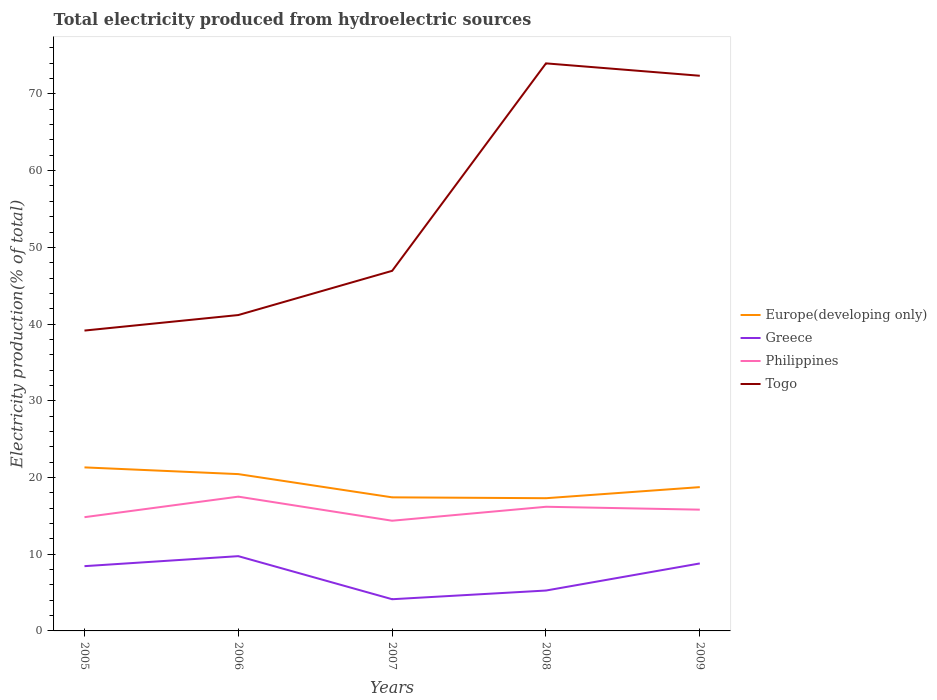
| Years | Europe(developing only) | Greece | Philippines | Togo |
 | --- | --- | --- | --- | --- |
 | 2005 | 21.3 | 8.44 | 14.8 | 39.2 |
 | 2006 | 20.4 | 9.75 | 17.5 | 41.2 |
 | 2007 | 17.4 | 4.13 | 14.4 | 46.9 |
 | 2008 | 17.3 | 5.26 | 16.2 | 74 |
 | 2009 | 18.7 | 8.8 | 15.8 | 72.4 |